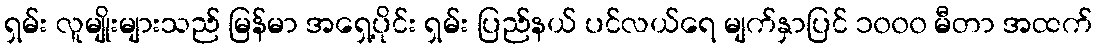
ရှမ်း လူမျိုးများသည် မြန်မာ အရှေ့ပိုင်း ရှမ်း ပြည်နယ် ပင်လယ်ရေ မျက်နှာပြင် ၁၀၀၀ မီတာ အထက်